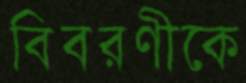
বিবরণীকে